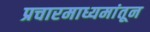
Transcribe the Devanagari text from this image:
प्रचारमाध्यमांतून